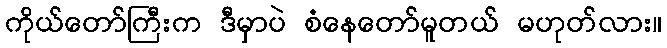
ကိုယ်တော်ကြီးက ဒီမှာပဲ စံနေတော်မူတယ် မဟုတ်လား။